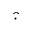
\hat { \cdot }